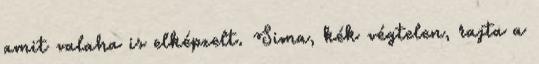
amit valaha is elképzelt. Sima, kék végtelen, rajta a